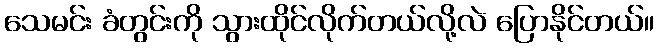
သေမင်း ခံတွင်းကို သွားထိုင်လိုက်တယ်လို့လဲ ပြောနိုင်တယ်။